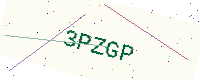
Text: 3PZGP